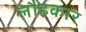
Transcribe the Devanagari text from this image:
लौहकार